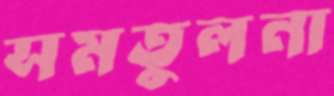
সমতুলনা